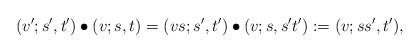
LaTeX: \begin{align*}(v';s',t') \bullet (v;s,t) = (vs; s',t') \bullet (v;s,s't') := (v; ss',t') ,\end{align*}